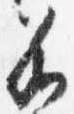
若